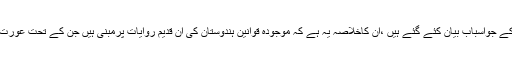
ان دونوں فیصلوں کے جواسباب بیان کئے گئے ہیں ،ان کاخلاصہ یہ ہے کہ موجودہ قوانین ہندوستان کی اُن قدیم روایات پرمبنی ہیں جن کے تحت عورت مردکے تابع تھی۔